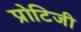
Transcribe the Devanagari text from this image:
प्रोटिजी